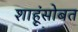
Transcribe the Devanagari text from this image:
शाहूंसोबत